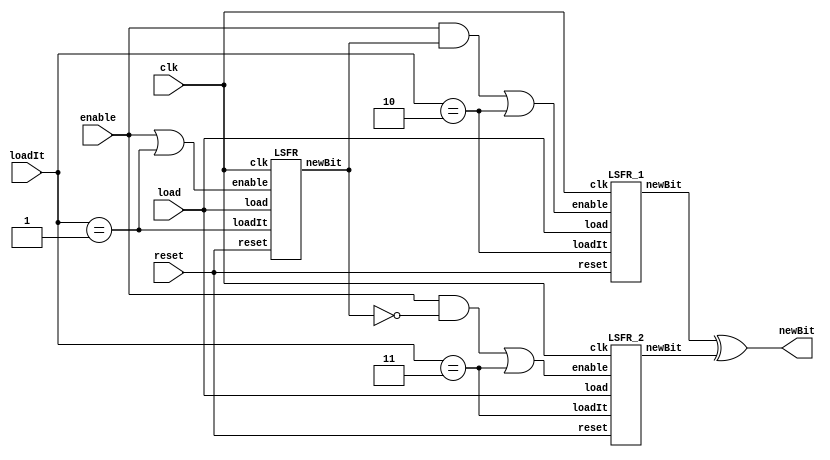
// Generator : SpinalHDL v1.10.1    git head : 2527c7c6b0fb0f95e5e1a5722a0be732b364ce43
// Component : ASG
// Git hash  : ddaf840b8cb4ff1c649e316de111050773741fb0

`timescale 1ns/1ps

module ASG (
  input  wire [1:0]    loadIt,
  input  wire          load,
  input  wire          enable,
  output wire          newBit,
  input  wire          clk,
  input  wire          reset
);

  wire                R1_enable;
  wire                R2_enable;
  wire                R3_enable;
  wire                R1_newBit;
  wire                R2_newBit;
  wire                R3_newBit;
  wire                loadR1;
  wire                loadR2;
  wire                loadR3;

  LSFR R1 (
    .load   (load     ), //i
    .loadIt (loadR1   ), //i
    .enable (R1_enable), //i
    .newBit (R1_newBit), //o
    .clk    (clk      ), //i
    .reset  (reset    )  //i
  );
  LSFR_1 R2 (
    .load   (load     ), //i
    .loadIt (loadR2   ), //i
    .enable (R2_enable), //i
    .newBit (R2_newBit), //o
    .clk    (clk      ), //i
    .reset  (reset    )  //i
  );
  LSFR_2 R3 (
    .load   (load     ), //i
    .loadIt (loadR3   ), //i
    .enable (R3_enable), //i
    .newBit (R3_newBit), //o
    .clk    (clk      ), //i
    .reset  (reset    )  //i
  );
  assign loadR1 = (loadIt == 2'b01);
  assign loadR2 = (loadIt == 2'b10);
  assign loadR3 = (loadIt == 2'b11);
  assign R1_enable = (enable || loadR1);
  assign R2_enable = ((enable && R1_newBit) || loadR2);
  assign R3_enable = ((enable && (! R1_newBit)) || loadR3);
  assign newBit = (R2_newBit ^ R3_newBit);

endmodule

module LSFR_2 (
  input  wire          load,
  input  wire          loadIt,
  input  wire          enable,
  output wire          newBit,
  input  wire          clk,
  input  wire          reset
);

  wire       [88:0]   fsRegN;
  reg        [88:0]   fsReg;
  wire                taps_0;
  wire                taps_1;
  reg                 genBit;

  assign taps_0 = fsReg[0];
  assign taps_1 = fsReg[51];
  always @(*) begin
    genBit = (taps_0 ^ taps_1);
    if(loadIt) begin
      genBit = load;
    end
  end

  assign newBit = fsReg[0];
  assign fsRegN = {genBit,fsReg[88 : 1]};
  always @(posedge clk) begin
    if(reset) begin
      fsReg <= 89'h00000000000000000000000;
    end else begin
      if(enable) begin
        fsReg <= fsRegN;
      end
    end
  end


endmodule

module LSFR_1 (
  input  wire          load,
  input  wire          loadIt,
  input  wire          enable,
  output wire          newBit,
  input  wire          clk,
  input  wire          reset
);

  wire       [62:0]   fsRegN;
  reg        [62:0]   fsReg;
  wire                taps_0;
  wire                taps_1;
  reg                 genBit;

  assign taps_0 = fsReg[0];
  assign taps_1 = fsReg[62];
  always @(*) begin
    genBit = (taps_0 ^ taps_1);
    if(loadIt) begin
      genBit = load;
    end
  end

  assign newBit = fsReg[0];
  assign fsRegN = {genBit,fsReg[62 : 1]};
  always @(posedge clk) begin
    if(reset) begin
      fsReg <= 63'h0000000000000000;
    end else begin
      if(enable) begin
        fsReg <= fsRegN;
      end
    end
  end


endmodule

module LSFR (
  input  wire          load,
  input  wire          loadIt,
  input  wire          enable,
  output wire          newBit,
  input  wire          clk,
  input  wire          reset
);

  wire       [30:0]   fsRegN;
  reg        [30:0]   fsReg;
  wire                taps_0;
  wire                taps_1;
  reg                 genBit;

  assign taps_0 = fsReg[0];
  assign taps_1 = fsReg[28];
  always @(*) begin
    genBit = (taps_0 ^ taps_1);
    if(loadIt) begin
      genBit = load;
    end
  end

  assign newBit = fsReg[0];
  assign fsRegN = {genBit,fsReg[30 : 1]};
  always @(posedge clk) begin
    if(reset) begin
      fsReg <= 31'h00000000;
    end else begin
      if(enable) begin
        fsReg <= fsRegN;
      end
    end
  end


endmodule